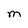
Character: M